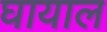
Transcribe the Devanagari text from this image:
घायाल